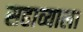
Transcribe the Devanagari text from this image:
सहाव्याला